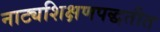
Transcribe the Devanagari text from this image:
नाट्यशिक्षणपद्धतीत